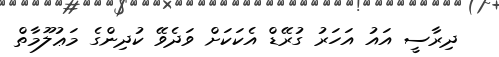
ދިރާސީ އައު އަހަރު ގުރޭޑް އެކަކަށް ވަދެވޭ ކުދިންގެ މަޢުލޫމާތް